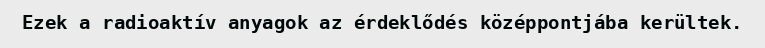
Ezek a radioaktív anyagok az érdeklődés középpontjába kerültek.